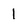
Character: 1